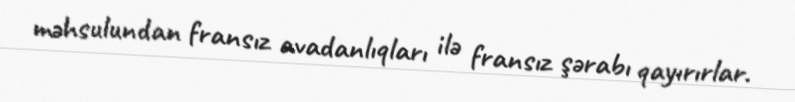
məhsulundan fransız avadanlıqları ilə fransız şərabı qayırırlar.